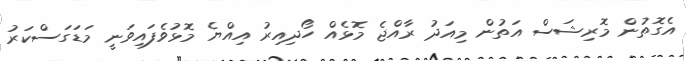
އެގޮތުން މޮރިޝަސް އަތުން މިއަދު ރާއްޖެ މޮޅެއް ހޯދިއިރު އިއްޔެ މޮޅުވެފައިވަނީ މަޑަގަސްކަރު